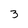
Character: 3